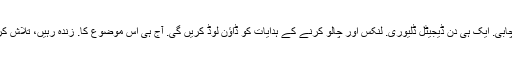
حقیقی پروڈکٹ چالو / لائسنس کی چابی. ایک ہی دن ڈیجیٹل ڈلیوری. لنکس اور چالو کرنے کے ہدایات کو ڈاؤن لوڈ کریں گی. آج ہی اس موضوع کا. زندہ رہیں، تلاش کریں، کرافٹ، تعمیر، جنگ، مرنے!